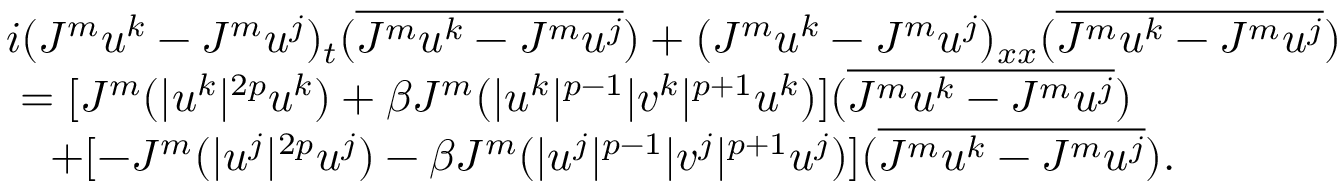
\begin{array} { r l } & { i ( J ^ { m } u ^ { k } - J ^ { m } u ^ { j } ) _ { t } ( \overline { { J ^ { m } u ^ { k } - J ^ { m } u ^ { j } } } ) + ( J ^ { m } u ^ { k } - J ^ { m } u ^ { j } ) _ { x x } ( \overline { { J ^ { m } u ^ { k } - J ^ { m } u ^ { j } } } ) } \\ & { \ = [ J ^ { m } ( | u ^ { k } | ^ { 2 p } u ^ { k } ) + \beta J ^ { m } ( | u ^ { k } | ^ { p - 1 } | v ^ { k } | ^ { p + 1 } u ^ { k } ) ] ( \overline { { J ^ { m } u ^ { k } - J ^ { m } u ^ { j } } } ) } \\ & { \ \ \ + [ - J ^ { m } ( | u ^ { j } | ^ { 2 p } u ^ { j } ) - \beta J ^ { m } ( | u ^ { j } | ^ { p - 1 } | v ^ { j } | ^ { p + 1 } u ^ { j } ) ] ( \overline { { J ^ { m } u ^ { k } - J ^ { m } u ^ { j } } } ) . } \end{array}